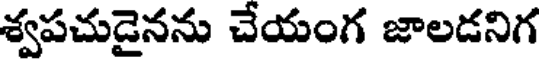
శ్వపచుడైనను చేయంగ జాలడనిగ